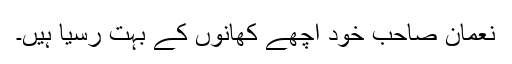
نعمان صاحب خود اچھے کھانوں کے بہت رسیا ہیں۔